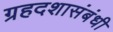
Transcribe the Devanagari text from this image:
ग्रहदशासंबंधी